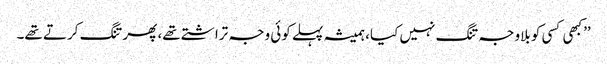
’’کبھی کسی کو بلاوجہ تنگ نہیں کیا، ہمیشہ پہلے کوئی وجہ تراشتے تھے، پھر تنگ کرتے تھے۔